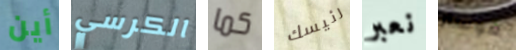
أين الكرسي كما رئيسك نعبر فوستر